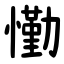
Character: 懄